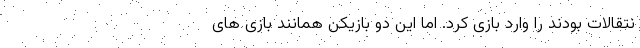
نتقالات بودند را وارد بازی کرد. اما این دو بازیکن همانند بازی های